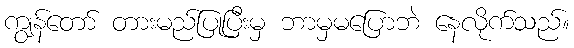
ကျွန်တော် တားမည်ပြုပြီးမှ ဘာမှမပြောဘဲ နေလိုက်သည်။